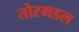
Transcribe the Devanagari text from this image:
तोरमडल